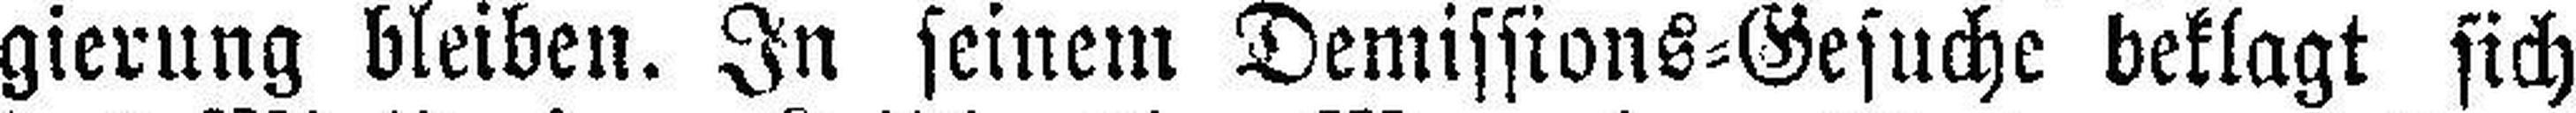
gierung bleiben. In seinem Demissions=Gesuche beklagt sich